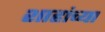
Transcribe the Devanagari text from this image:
शाहांच्या